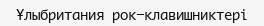
Ұлыбритания рок-клавишниктері